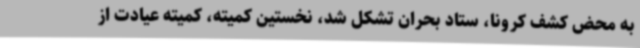
به محض کشف کرونا، ستاد بحران تشکل شد، نخستین کمیته، کمیته عیادت از